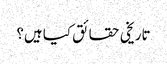
تاریخی حقائق کیا ہیں؟